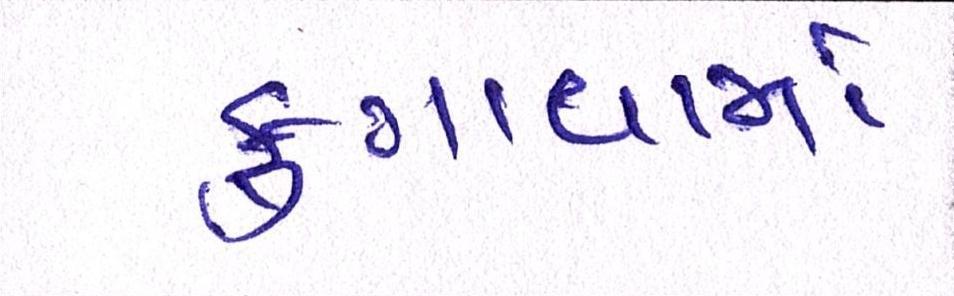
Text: ફુગાવામાં